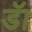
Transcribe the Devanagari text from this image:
डॅा